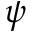
\psi